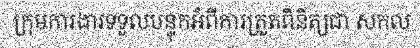
ក្រុមការងារទទួលបន្ទុកអំពីការត្រួតពិនិត្យជា សកល